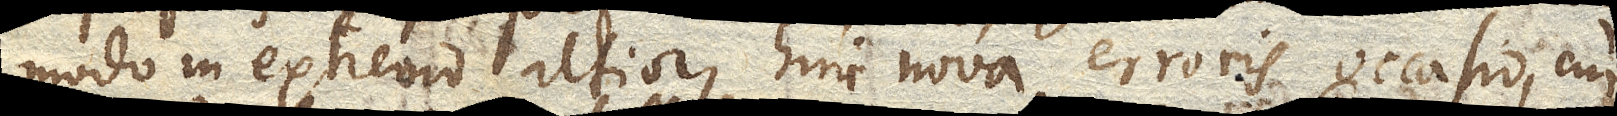
modo in extremo altior, hinc nova erroris occasio, cui